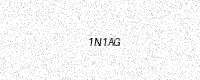
Text: 1N1AG